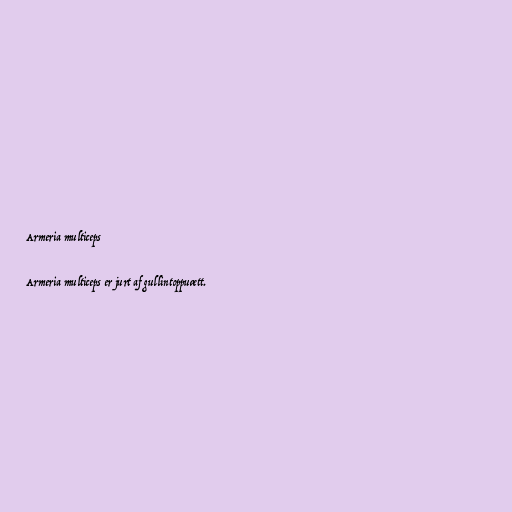
Armeria multiceps

Armeria multiceps er jurt af gullintoppuætt.